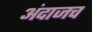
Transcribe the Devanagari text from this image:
अंदाजच